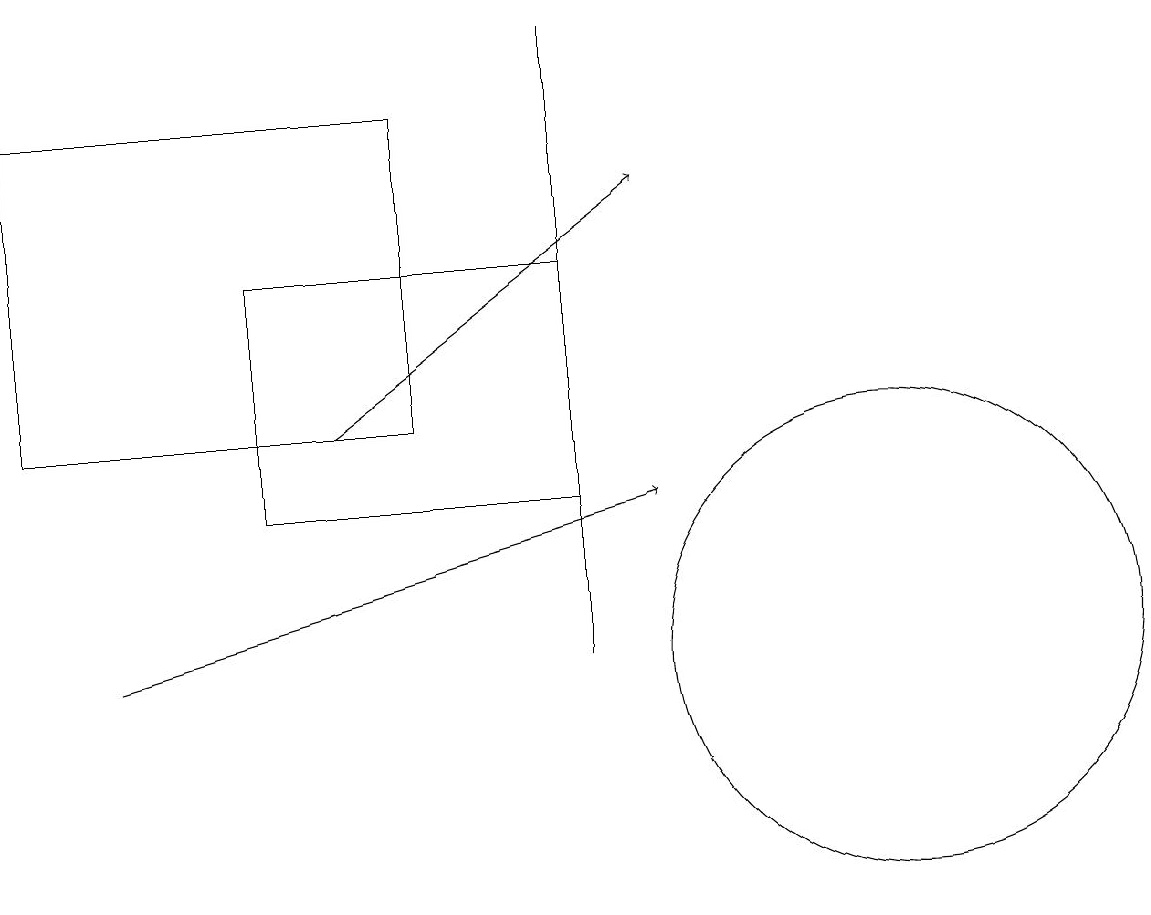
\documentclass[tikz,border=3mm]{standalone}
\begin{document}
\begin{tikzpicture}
\draw (7,12) rectangle (3,15);
\draw (11,10) circle (3);
\draw[->] (4,13) -- (8,16);
\draw (0,17) rectangle (5,13);
\draw[->] (1,10) -- (8,12);
\draw (7,18) rectangle (7,10);
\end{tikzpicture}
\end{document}